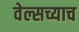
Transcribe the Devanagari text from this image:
वेल्सच्याच